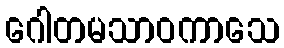
ဂေါတမသာဝကာသေ